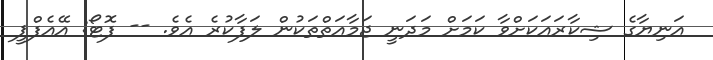
އަނިޔާގެ ޝިކާރައަކަށްވާ ކަމަށް މަދަނީ ޖަމާއަތްތަކުން ލަފާކުރެ އެވެ. -- ފޮޓޯ: އޭއެފްޕީ